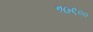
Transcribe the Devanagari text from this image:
१७९००